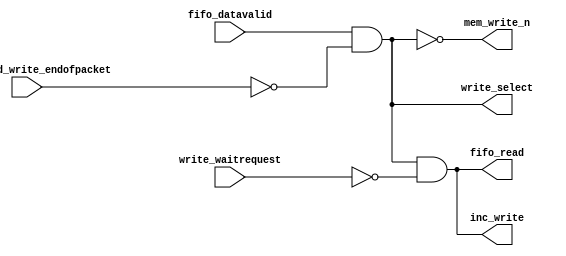
module soc_design_dma_mem_write (
                                   d1_enabled_write_endofpacket,
                                   fifo_datavalid,
                                   write_waitrequest,
                                   fifo_read,
                                   inc_write,
                                   mem_write_n,
                                   write_select
                                )
;
  output           fifo_read;
  output           inc_write;
  output           mem_write_n;
  output           write_select;
  input            d1_enabled_write_endofpacket;
  input            fifo_datavalid;
  input            write_waitrequest;
  wire             fifo_read;
  wire             inc_write;
  wire             mem_write_n;
  wire             write_select;
  assign write_select = fifo_datavalid & ~d1_enabled_write_endofpacket;
  assign mem_write_n = ~write_select;
  assign fifo_read = write_select & ~write_waitrequest;
  assign inc_write = fifo_read;
endmodule